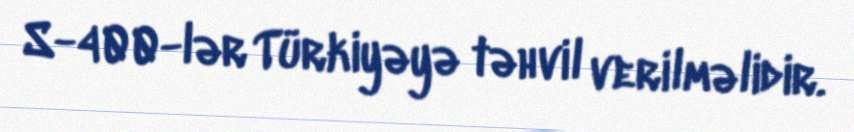
S-400-lər Türkiyəyə təhvil verilməlidir.